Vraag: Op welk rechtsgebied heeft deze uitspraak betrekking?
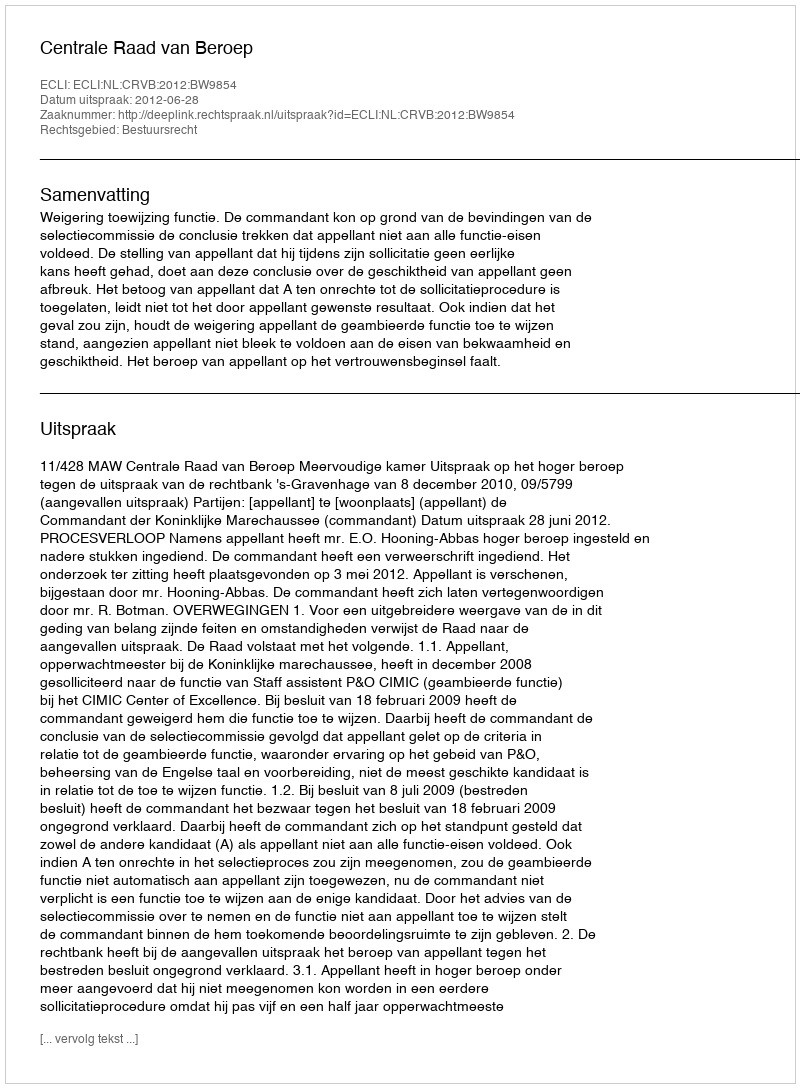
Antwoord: Bestuursrecht